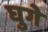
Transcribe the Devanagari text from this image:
घुगे